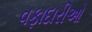
વફાદારીઓ